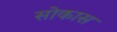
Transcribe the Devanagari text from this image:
सोकास